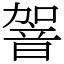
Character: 䪪